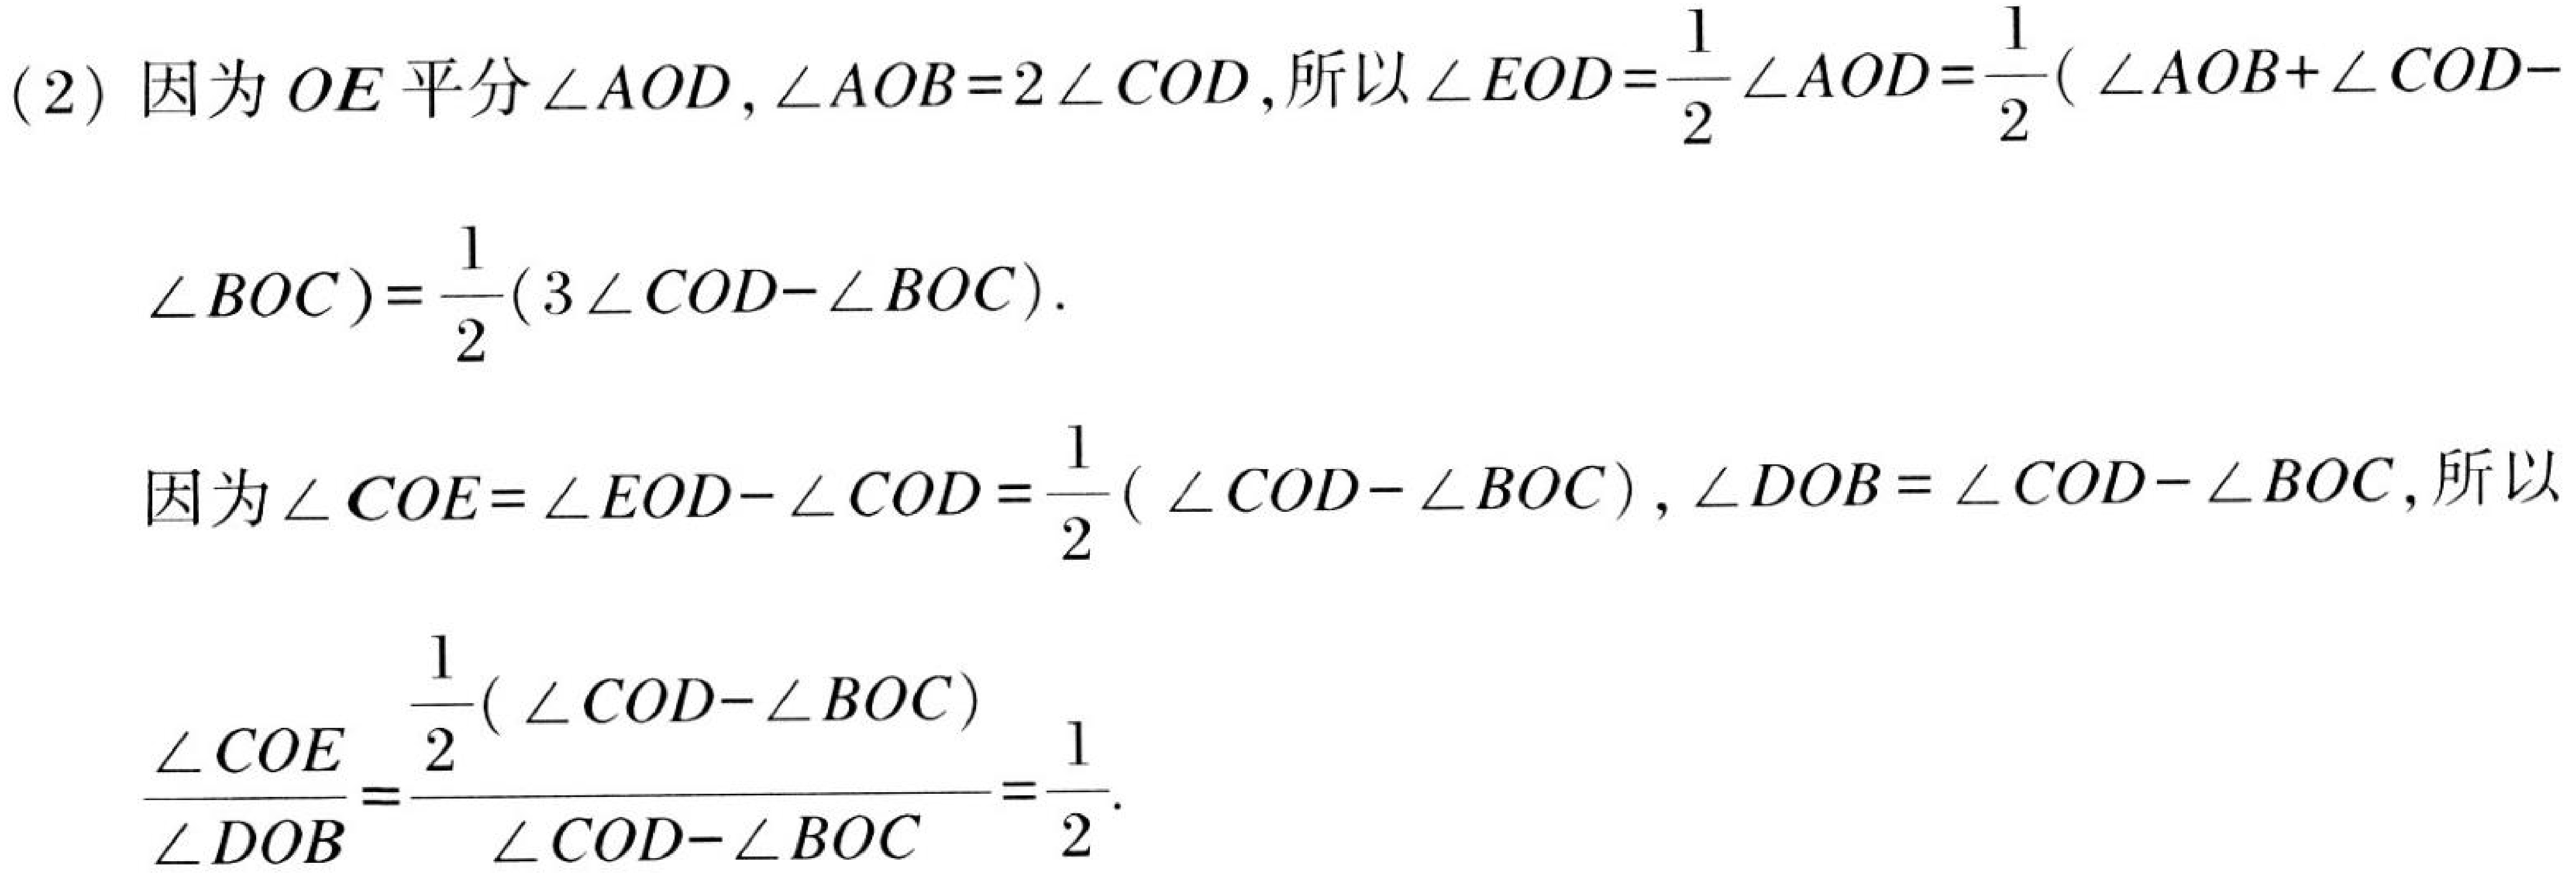
(2) 因为 \(OE\) 平分 \(\angle AOD\), \(\angle AOB = 2\angle COD\), 所以 \(\angle EOD=\frac{1}{2}\angle AOD=\frac{1}{2}(\angle AOB + \angle COD - \)
\(\angle BOC)=\frac{1}{2}(3\angle COD-\angle BOC)\).

因为 \(\angle COE=\angle EOD - \angle COD=\frac{1}{2}(\angle COD-\angle BOC)\), \(\angle DOB=\angle COD - \angle BOC\), 所以
\(\frac{\angle COE}{\angle DOB}=\frac{\frac{1}{2}(\angle COD - \angle BOC)}{\angle COD - \angle BOC}=\frac{1}{2}\).